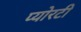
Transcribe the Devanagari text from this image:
प्योरटी